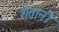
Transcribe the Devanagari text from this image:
शेतांनी